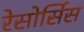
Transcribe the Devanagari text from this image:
रेसोर्सिस